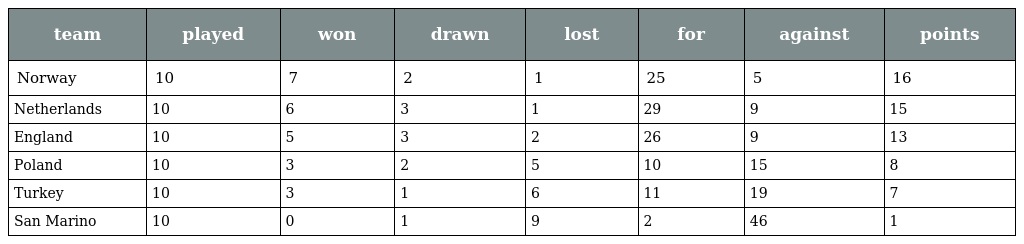
| team | played | won | drawn | lost | for | against | points |
 | --- | --- | --- | --- | --- | --- | --- | --- |
 | Norway | 10 | 7 | 2 | 1 | 25 | 5 | 16 |
 | Netherlands | 10 | 6 | 3 | 1 | 29 | 9 | 15 |
 | England | 10 | 5 | 3 | 2 | 26 | 9 | 13 |
 | Poland | 10 | 3 | 2 | 5 | 10 | 15 | 8 |
 | Turkey | 10 | 3 | 1 | 6 | 11 | 19 | 7 |
 | San Marino | 10 | 0 | 1 | 9 | 2 | 46 | 1 |